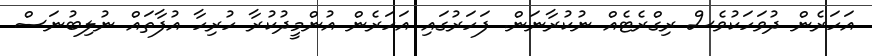
އަހަރެން ދުވަހަކުވެސް ރިގްރެޓެއް ނުކުރާނަން. ފަހަރުގައި އަހަރެން އުންމީދުކުރާ ހުރިހާ އުފާތައް ނުލިބުނަސް